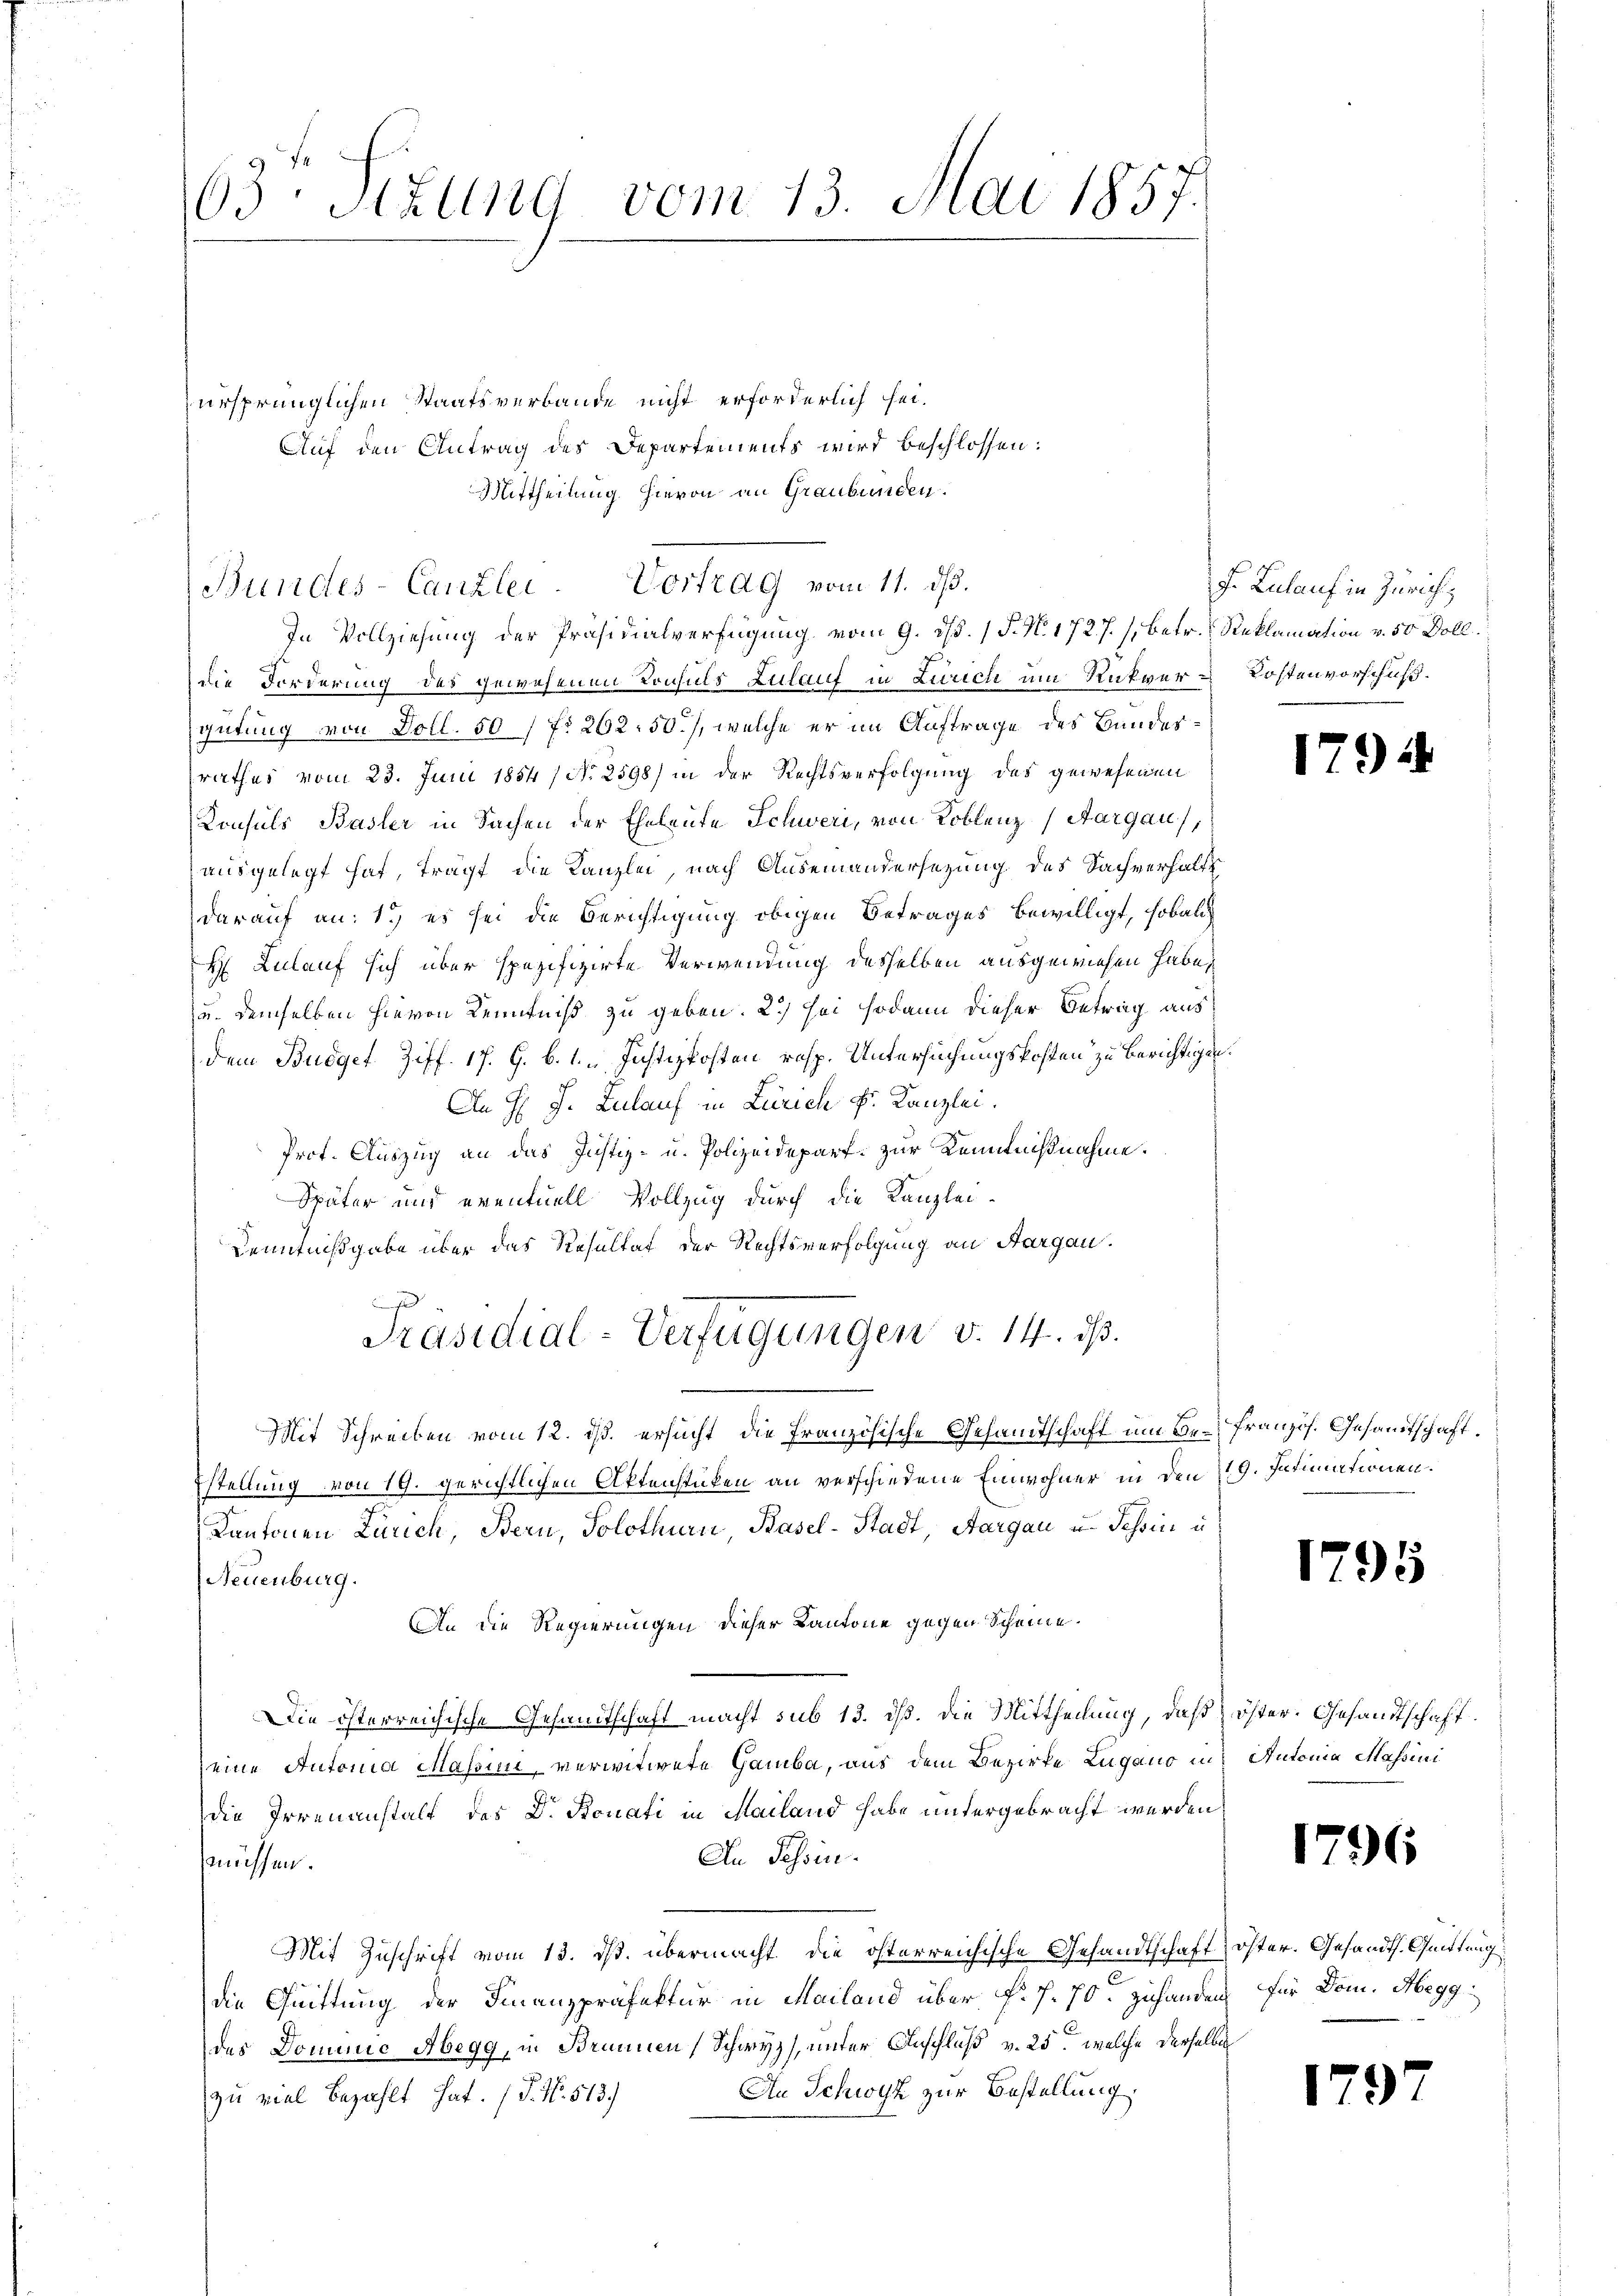
63 Sizung vom 13. Mai 1857

ursprünglichen Staatsverbande nicht erforderlich sei¬
Auf den Antrag des Departements wird beschlossen:
Mittheilung hievon an Graubünden.
Bundes-Canzlei- Vortrag vom 11. ds.
die Forderung des gewesenen Konsuls Zulauf in Zürich um Rückver-Kostenvorschuß.
gütung von Doll. 501 f. 262. 50), welche er im Auftrage des Bundes
rathes vom 23. Juni 1854 / No. 2598) in der Rechtsverfolgung des gewesenen
Konsuls Basler in Sachen der Eheleute Schweri, von Koblenz (Aargau),
ausgelegt hat, trägt die Kanzlei, nach Auseinandersezung des Sachverhalt
darauf an: 1.) es sei die Berichtigung obigen Betrages bewilligt, sobald
H Zulauf sich über spezifizirte Verwendung desselben ausgewiesen habe,
u. demselben hievon Kenntniß zu geben. 2) sei sodann dieser Betrag aus
dem Budget Ziff. 17. G. B. 1. Justizkosten resp. Untersuchungskosten zu berichtigen¬
An H. J. Zulauf in Zürich Fr. Kanzlei.
Prot. Auszug an das Justiz- u. Polizeidepart. zur Kenntnißnahme.
Später und eventuell Vollzug durch die Kanzlei-
Kenntnißgabe über das Resultat der Rechtsverfolgung an Aargau.
.
Präsidial-Verfügungen v. 14. ds.
Mit Schreiben vom 12. ds. ersucht, die Französische Gesamtschaft am der französ. Gesandtschaft.
stellung von 19. gerichtlichen Aktenstücken an verschiedene Einwohner in den 9. Intimationen.
Kantonen Zürich, Bern, Solothurn, Basel-Stadt, Aargau u. Tessin u
Neuenburg.
An die Regierungen dieser Kantone gegen Scheine
Die österreichische Gesandtschaft macht sub 13. ds. Die Mittheilung, daß öster. Gesandtschaft
eine Autoria Massini, verwitwete Gamba, aus dem Bezirke Lugano in Autonia Massini
die Irrenanstalt des Dr. Bonati in Mailand habe untergebracht werden,
In Tessin.
müssen.
Mit Zuschrift vom 13. ds. übermacht, die österreichische Gesandtschaft öster. Gesandt. Quittung
.
die Quittung der Finanzpräfektur in Mailand über F. J. 70. zuhanden, für Dom. Abegg
des Dominie Abegg, in Brunnen Schwyz unter Anschluß v. 25, welche derselbe
An Schwyz zur Bestellung.
zu viel bezahlt hat. (T. No. 513)

In Vollziehung der Präsidialverfügung vom 9. ds. / P. N. 172.7. (betr. Reklamation v. 50 Doll.

f. Zulauf in Zürich

1

)

1795

1796

1797